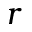
r